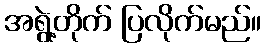
အရွဲ့တိုက် ပြလိုက်မည်။